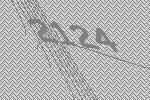
2124